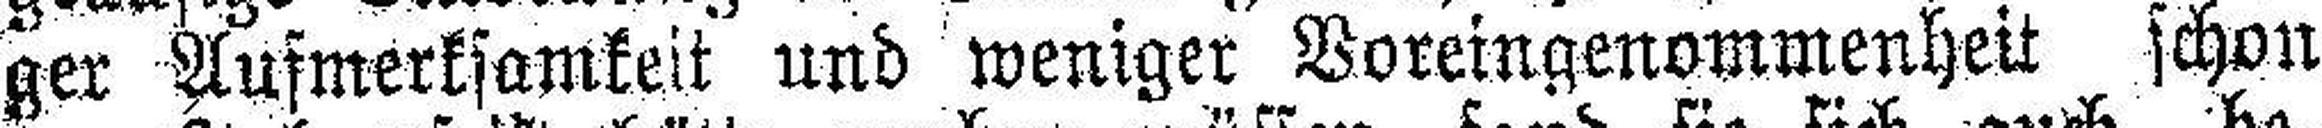
ger Aufmerksamkeit und weniger Voreingenommenheit schon